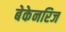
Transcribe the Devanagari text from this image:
बेकेनरिज